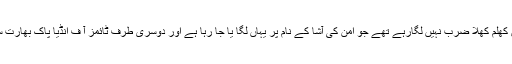
اگر چہ اس جرم میں دوسرے بھی اس کے شریک رہے تاہم وہ قومی مفادات پر یوں کھلم کھلا ضرب نہیں لگارہے تھے جو امن کی آشا کے نام پر یہاں لگا یا جا رہا ہے اور دوسری طرف ٹائمز آ ف انڈیا پاک بھارت سر حدیں مٹانے کی مذموم کوشش اپنا قومی مفاد حاصل کرنے کے لیے کر رہا ہے۔